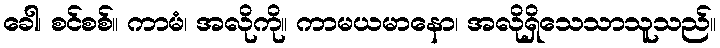
ခေါ၊ စင်စစ်။ ကာမံ၊ အလိုကို။ ကာမယမာနော၊ အလိုရှိသေသာသူသည်။